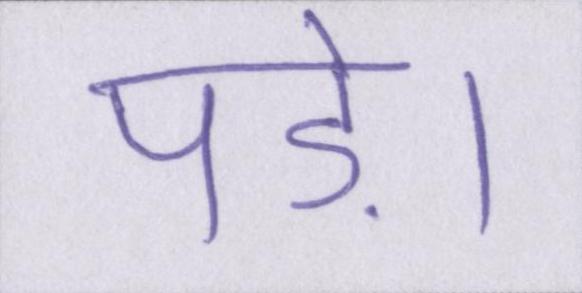
पड़े।